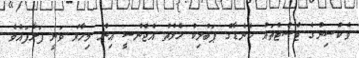
ވެކްސިންގެ ޓެސްޓްތައް ކެނެޑާގެ ޕަބްލިކް ހެލްތު އެޖެންސީ އިން މިހާރު ވަނީ ފަށާފައެވެ.